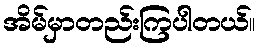
အိမ်မှာတည်းကြပါတယ်။